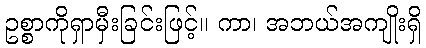
ဥစ္စာကိုရှာမှီးခြင်းဖြင့်။ ကာ၊ အဘယ်အကျိုးရှိ